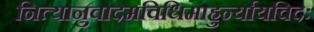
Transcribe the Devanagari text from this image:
नित्यानुवादमविधिमाहुर्न्यायविदः